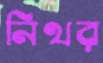
নিথর